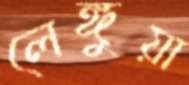
লেঙ্গুয়া